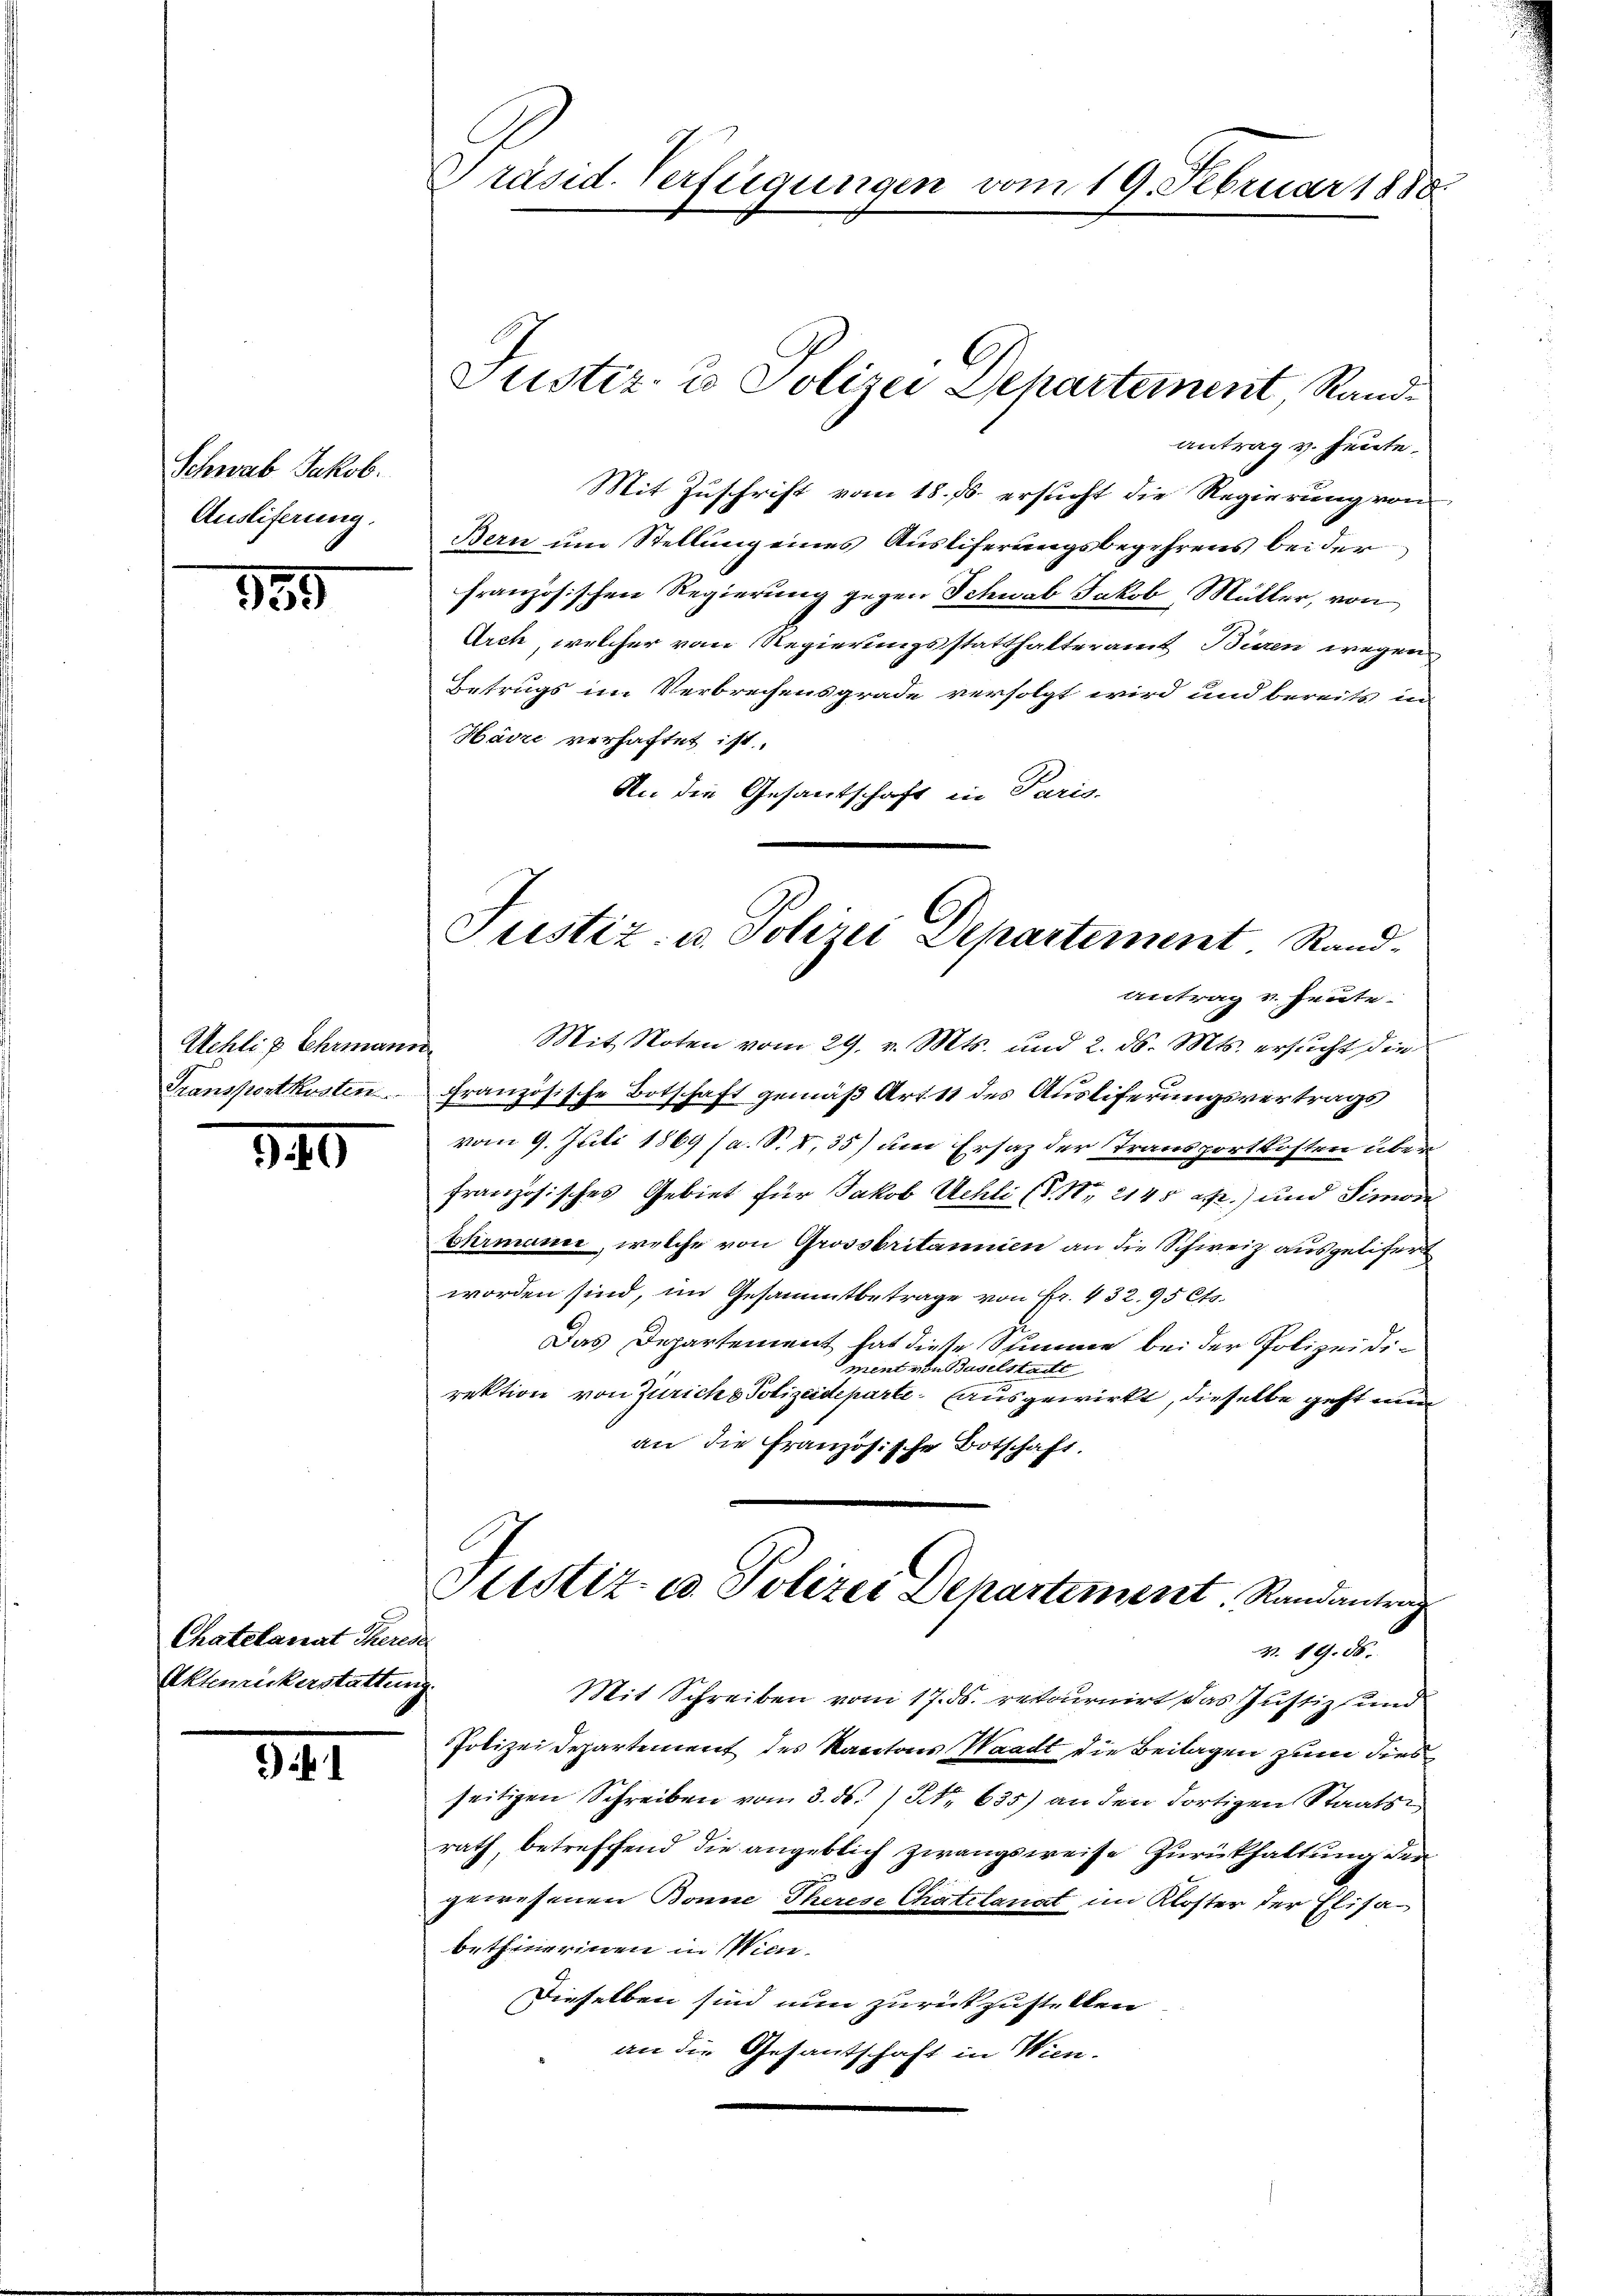
Schwab Jakob.
Ausliferung.

139

Wehlix Ehrmann

840

Chatelanat Theres
Aktenickerstattung

341.

Präsid. Verfügungen vom 19. Februar 1880.

antrag v. heute.
Mit Zuschrift vom 18. ds. ersucht die Regierung von
Bern um Stellung eines Ausliferungsbegehrens bei der
französischen Regierung gegen Schwab Jakob Müller, von
Arch, welcher vom Regierungsstatthalteramt Bieren wegen
Betrugs im Verbrechensgrade verfolgt wird und bereits in
Härze verhaftet ist.
An die Gesantschaft in Paris-

Justiz- & Polizei Departement, Rand¬

Justiz- u. Polizei Departement. Rand-

Antrag v. Heute.
Mit Noten vom 29. v. Mts. und 2. ds. Mts. ersucht der
Transportkosten. Französische Botschaft gemäß Art. 11 des Ausliferungsvertrags
vom 9. Juli 1869 (a. S. I,35) um Ersaz der Transportkosten über
französisches Gebiet für Jakob Uehli (T. S. 2145 Rp.) und Simore
Ehrmanie, welche von Grossbritannien an die Schweiz ausgeliert
worden sind, im Gesammtbetrage von Fr. 432. 95 Cts.
Das Departement hat diese Summe bei der Polizei die
ment von Baselstadte
rektion von Zürich & Polizeideparte ausgewirkt, dieselbe geht nun
an die Französische Botschaft.

Sistiz- u. Polizei Departement Randantrag
v. 19. ds.
Mit Schreiben vom 17. ds. retournirt das Justiz und
PPolizei Departement des Kantons Waadt die Beilagen zum dies

seitigen Schreiben vom 3. ds. ) No 635) an den dortigen Staatsrath, betreffend die angeblich zwangsweise Zurückhaltung den
gewesenen Bonne Therese Chatelanat im Kloster der Elisabethierinen in Wien.
Dieselben sind nun zurückzustellen
an die Gesandtschaft in Wien.